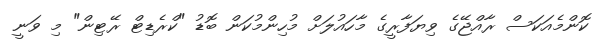
ކޮންމެއަކަސް ރާއްޖޭގެ ވިޔަފާރީގެ މާހައުލަށް މުހިންމުކަން ބޮޑު "ކްރެޑިޓް ރޭޓިން" މި ވަނީ